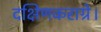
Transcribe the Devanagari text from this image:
दक्षिणकराग्रे।